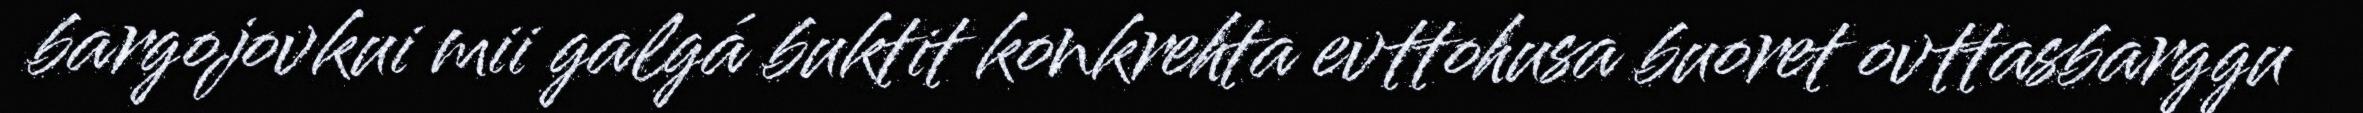
bargojovkui mii galgá buktit konkrehta evttohusa buoret ovttasbarggu